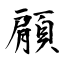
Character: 顅